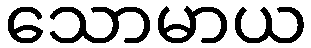
သောမာယ